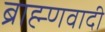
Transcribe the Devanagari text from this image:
ब्राह्म्णवादी